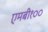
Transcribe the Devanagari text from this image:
एमबी१००